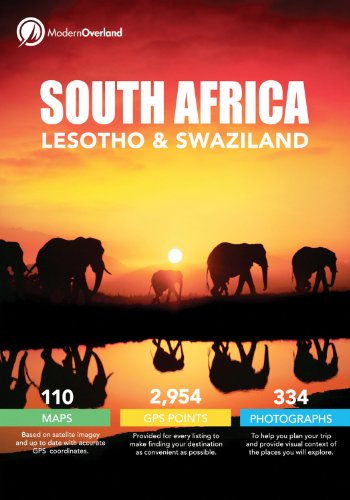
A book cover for South Africa, Lesotho & Swaziland; John Bradly; Travel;